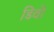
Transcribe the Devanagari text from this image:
डिवो